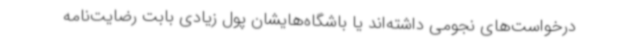
درخواست‌های نجومی داشته‌اند یا باشگاه‌هایشان پول زیادی بابت رضایت‌نامه